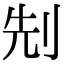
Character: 𠜎